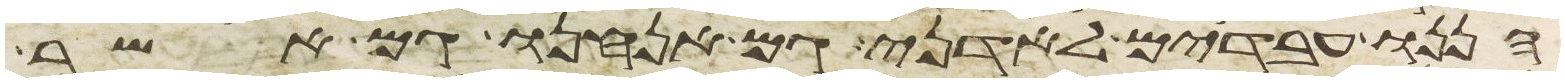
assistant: הננו עבדים לאדני גם אנחנו גם אשר